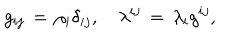
g _ { i j } \, = \, \rho _ { i } \delta _ { i j } , \quad \lambda ^ { i j } \, = \, \lambda _ { i } g ^ { i j } ,